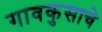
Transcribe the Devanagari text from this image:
गावकुसाचे